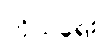
ကိုယ်ရေး